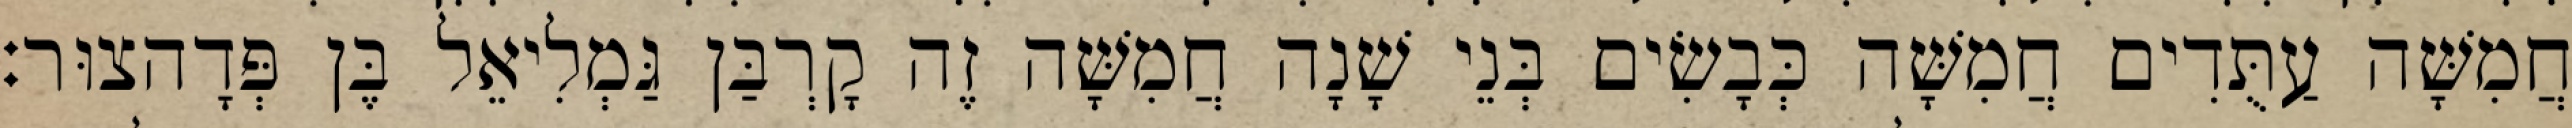
חֲמִשָּׁה עַתֻּדִים חֲמִשָּׁה כְּבָשִׂים בְּנֵי שָׁנָה חֲמִשָּׁה זֶה קָרְבַּן גַּמְלִיאֵל בֶּן פְּדָהצוּר׃